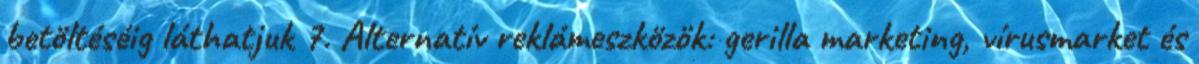
betöltéséig láthatjuk 7. Alternatív reklámeszközök: gerilla marketing, vírusmarket és